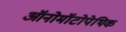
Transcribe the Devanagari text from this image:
ऑनोमॉटोपेथिक